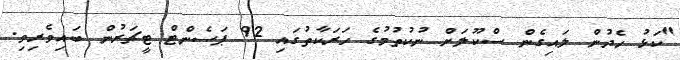
"ކަޅު ހެދުން ލައިގެން ސްކޫލަށް ނުކުތުމުގެ ހަރަކާތުގައި 92 ޕަސެންޓް ޓީޗަރުން ބައިވެރިވި.